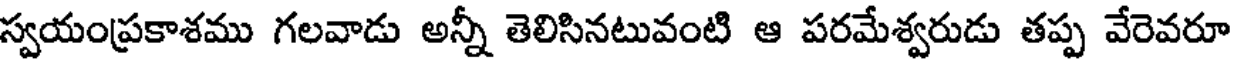
స్వయంప్రకాశము గలవాడు అన్నీ తెలిసినటువంటి ఆ పరమేశ్వరుడు తప్ప వేరెవరూ